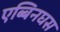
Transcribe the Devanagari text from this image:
एब्बिनघस